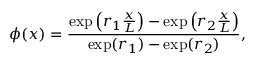
\phi ( x ) = \frac { \exp \left( r _ { 1 } \frac { x } { L } \right) - \exp \left( r _ { 2 } \frac { x } { L } \right) } { \exp ( r _ { 1 } ) - \exp ( r _ { 2 } ) } ,